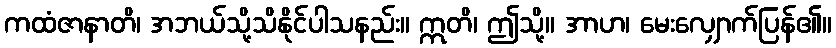
ကထံဇာနာတိ၊ အဘယ်သို့သိနိုင်ပါသနည်း။ ဣတိ၊ ဤသို့။ အာဟ၊ မေးလျှောက်ပြန်၏။